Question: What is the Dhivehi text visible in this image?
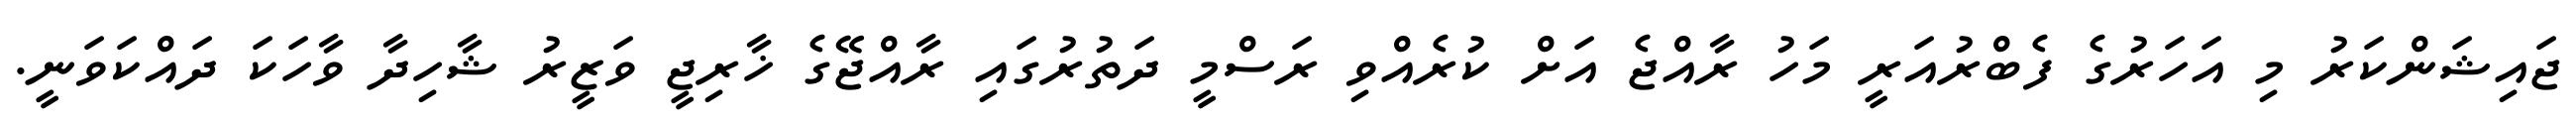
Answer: ޖައިޝަންކަރު މި އަހަރުގެ ފެބްރުއަރީ މަހު ރާއްޖެ އަށް ކުރެއްވި ރަސްމީ ދަތުރުގައި ރާއްޖޭގެ ޚާރިޖީ ވަޒީރު ޝާހިދާ ވާހަކަ ދައްކަވަނީ.